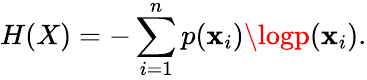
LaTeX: H(X)=-\sum_{i=1}^{n}p(\mathbf{x}_{i})\logp(\mathbf{x}_{i}).